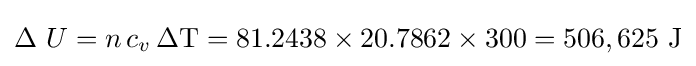
\Delta \ U=n\,c_{v}\,\Delta \mathrm {T} =81.2438\times 20.7862\times 300=506,625{\text{ J}}